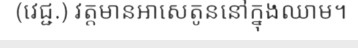
(វេជ្ជ.) វត្តមានអាសេតូននៅក្នុងឈាម។